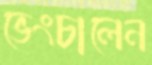
ভেংচালেন